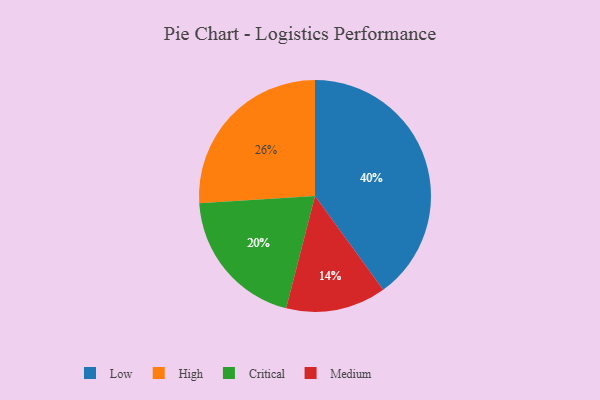
{"axis": {"x": "Category", "y": "Percentage"}, "legend": ["Critical", "High", "Low", "Medium"], "data": [{"x": "Low", "y": 40, "type": "Low"}, {"x": "High", "y": 26, "type": "High"}, {"x": "Critical", "y": 20, "type": "Critical"}, {"x": "Medium", "y": 14, "type": "Medium"}]}